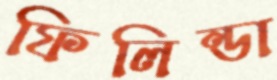
ফিলিন্ডা